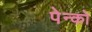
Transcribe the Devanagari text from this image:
पेन्को